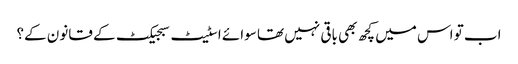
اب تو اس میں کچھ بھی باقی نہیں تھا سوائے اسٹیٹ سبجیکٹ کے قانون کے؟